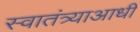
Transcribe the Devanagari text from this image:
स्वातंत्र्याआधी